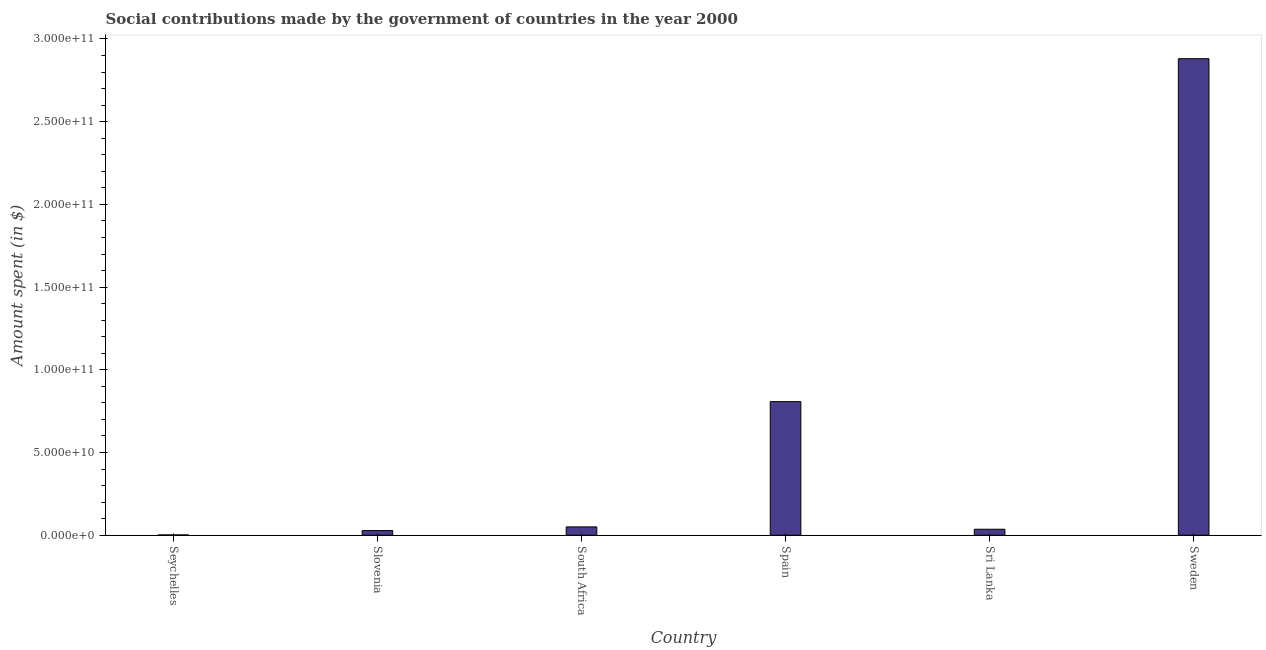
| Country | Social contributions |
 | --- | --- |
 | Seychelles | 1.94e+08 |
 | Slovenia | 2.81e+09 |
 | South Africa | 5.04e+09 |
 | Spain | 8.08e+10 |
 | Sri Lanka | 3.62e+09 |
 | Sweden | 2.88e+11 |